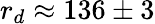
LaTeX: r_{d}\approx 136\pm 3